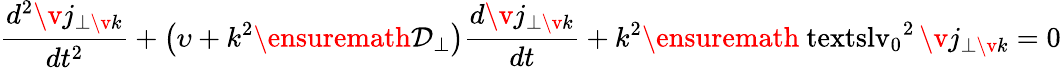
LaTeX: \frac{d^{2}\v{j}_{\perp\v{k}}}{dt^{2}}+\bigl(\upsilon+k^{2}\ensuremath{\mathcal{D}_{\perp}}\bigr)\frac{d\v{j}_{\perp\v{k}}}{dt}+k^{2}\ensuremath{\mathrm{\ textsl{v}}_{0}}^{2}\, \v{j}_{\perp\v{k}}=0